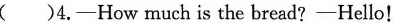
( )4.-How much is the bread?-Hello!